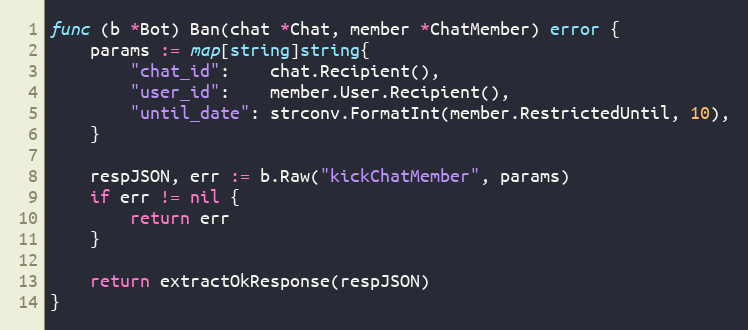
Language: Go
func (b *Bot) Ban(chat *Chat, member *ChatMember) error {
	params := map[string]string{
		"chat_id":    chat.Recipient(),
		"user_id":    member.User.Recipient(),
		"until_date": strconv.FormatInt(member.RestrictedUntil, 10),
	}

	respJSON, err := b.Raw("kickChatMember", params)
	if err != nil {
		return err
	}

	return extractOkResponse(respJSON)
}